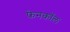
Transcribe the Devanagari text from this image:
फेनकॉल